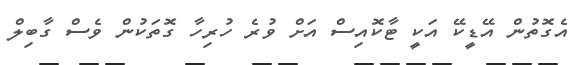
އެގޮތުން އޭޑީކޭ އަކީ ޓާކޮއިސް އަށް ވުރެ ހުރިހާ ގޮތަކުން ވެސް ގާބިލް